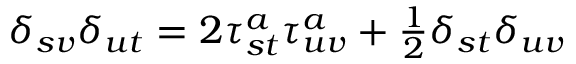
\begin{array} { r } { \delta _ { s v } \delta _ { u t } = 2 \tau _ { s t } ^ { a } \tau _ { u v } ^ { a } + \frac { 1 } { 2 } \delta _ { s t } \delta _ { u v } } \end{array}